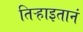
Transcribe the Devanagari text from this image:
तिऱ्हाइतानं